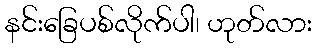
နင်းခြေပစ်လိုက်ပါ၊ ဟုတ်လား